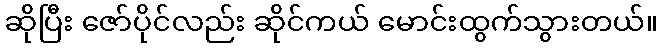
ဆိုပြီး ဇော်ပိုင်လည်း ဆိုင်ကယ် မောင်းထွက်သွားတယ်။